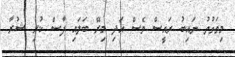
މިވަގުތު ނައިބު ރައީސް ވެސް އަދި މިރޭ ބަލައި ފާސް ކުރި ޝުރާ